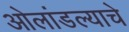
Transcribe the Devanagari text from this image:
ओलांडल्याचे